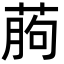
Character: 葋